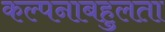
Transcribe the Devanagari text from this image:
कल्पनाबहुलता